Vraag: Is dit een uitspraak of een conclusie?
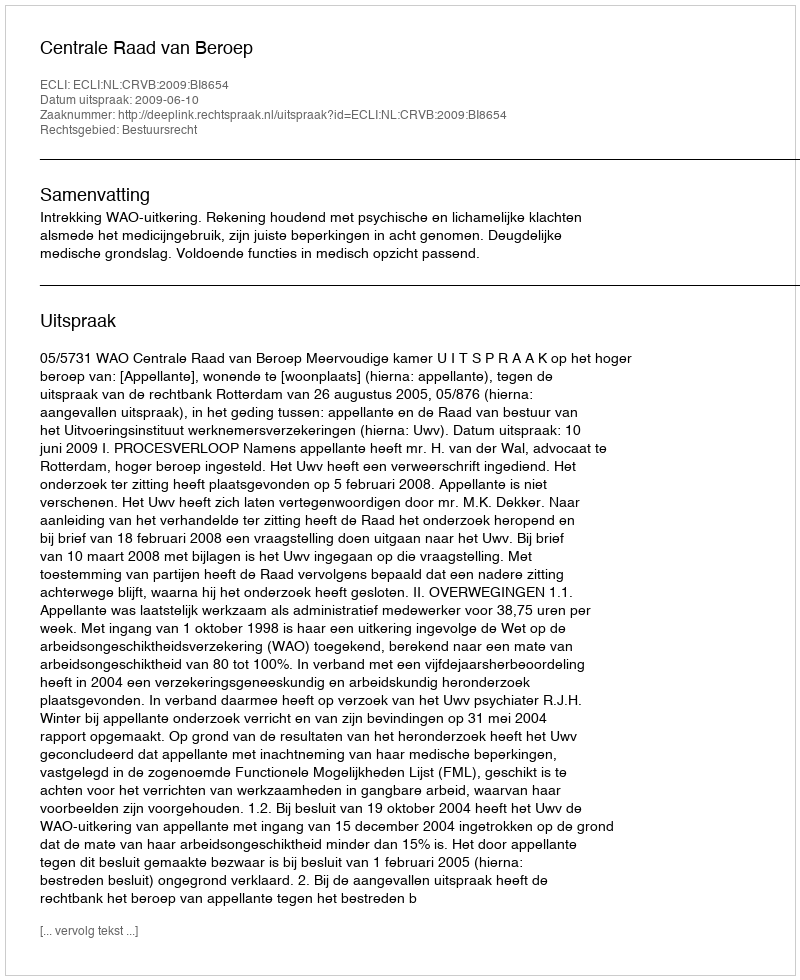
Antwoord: Uitspraak